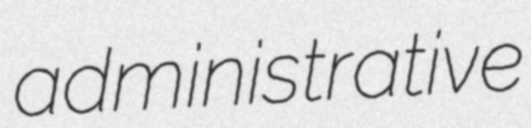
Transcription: administrative